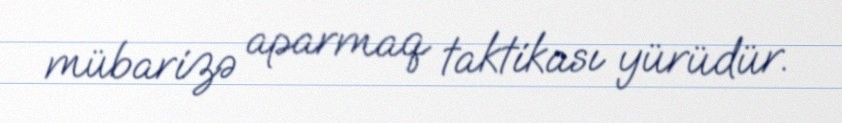
mübarizə aparmaq taktikası yürüdür.